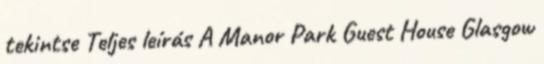
tekintse Teljes leírás A Manor Park Guest House Glasgow